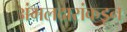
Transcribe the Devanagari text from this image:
अंमलदारांकडून